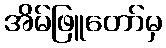
အိမ်ဖြူတော်မှ